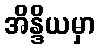
အိန္ဒိယမှာ